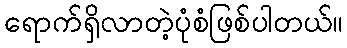
ရောက်ရှိလာတဲ့ပုံစံဖြစ်ပါတယ်။